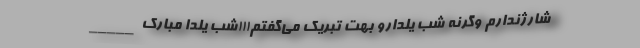
شارژندارم وگرنه شب یلدارو بهت تبریک می‌گفتم!!!شب یلدا مبارک _____